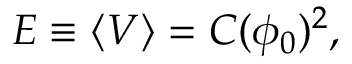
E \equiv \langle V \rangle = C ( \phi _ { 0 } ) ^ { 2 } ,